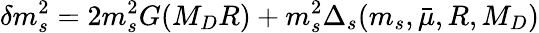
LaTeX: \delta m_{s}^{2}=2m_{s}^{2}G(M_{D}R)+m_{s}^{2}\Delta_{s}(m_{s},\bar{\mu},R,M_{D})